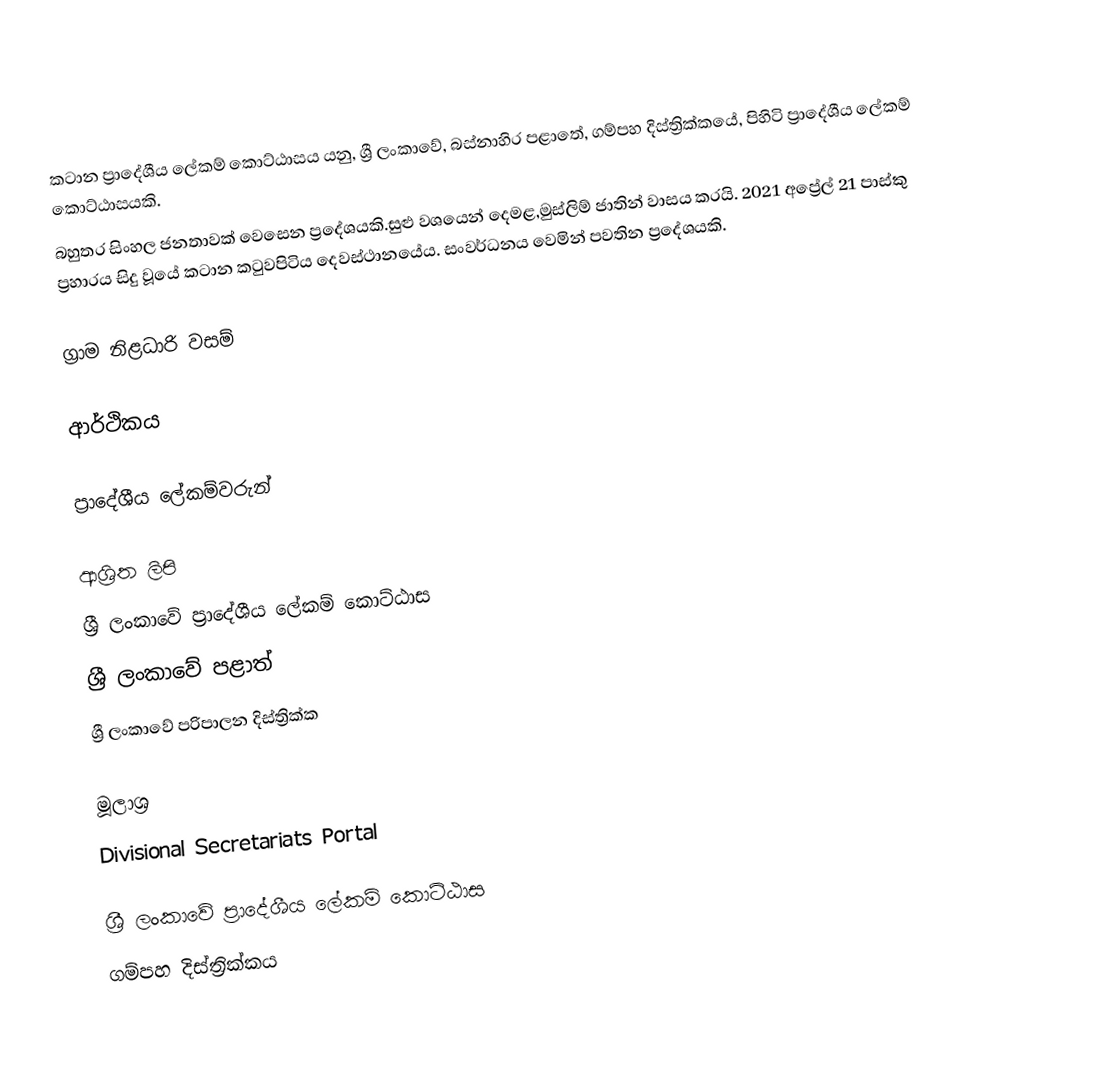
කටාන ප්‍රාදේශීය ලේකම් කොට්ඨාසය යනු,  ශ්‍රී ලංකාවේ, බස්නාහිර පළාතේ,   ගම්පහ දිස්ත්‍රික්කයේ, පිහිටි ප්‍රාදේශීය ලේකම් කොට්ඨාසයකි.
බහුතර සිංහල ජනතාවක් වෙසෙන ප්‍රදේශයකි.සුළු වශයෙන් දෙමළ,මුස්ලිම් ජාතින් වාසය කරයි. 2021 අප්‍රේල් 21 පාස්කු ප්‍රහාරය සිදු වූයේ කටාන කටුවපිටිය දෙවස්ථානයේය. සංවර්ධනය වෙමින් පවතින ප්‍රදේශයකි.

ග්‍රාම නිළධාරි වසම්

ආර්ථිකය

ප්‍රාදේශීය ලේකම්වරුන්

ආශ්‍රිත ලිපි
ශ්‍රී ලංකාවේ ප්‍රාදේශීය ලේකම් කොට්ඨාස
ශ්‍රී ලංකාවේ පළාත්
ශ්‍රී ලංකාවේ පරිපාලන දිස්ත්‍රික්ක

මූලාශ්‍ර
 Divisional Secretariats Portal

ශ්‍රී ලංකාවේ ප්‍රාදේශීය ලේකම් කොට්ඨාස
ගම්පහ දිස්ත්‍රික්කය